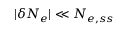
| \delta N _ { e } | \ll N _ { e , s s }